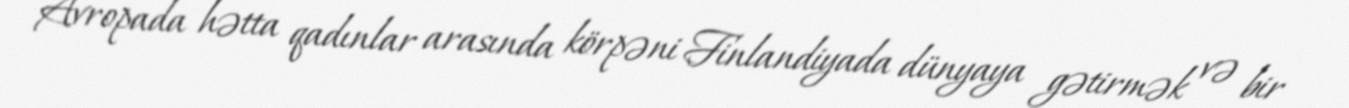
Avropada hətta qadınlar arasında körpəni Finlandiyada dünyaya gətirmək və bir